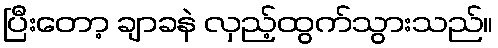
ပြီးတော့ ချာခနဲ လှည့်ထွက်သွားသည်။